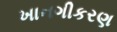
ખાનગીકરણ